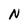
Character: N